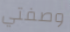
وصفتي